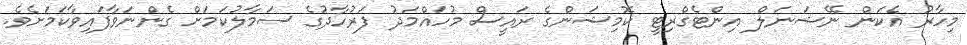
މިހާރު އެކަން ނޭޝަނަލް އިންޓެގްރިޓީ ކޮމިޝަންގެ ރައީސް މުހައްމަދު ފަރުހާދުގެ ސަމާލުކަމަށް ގެންނަވާފައިވާކަމަށެވެ.